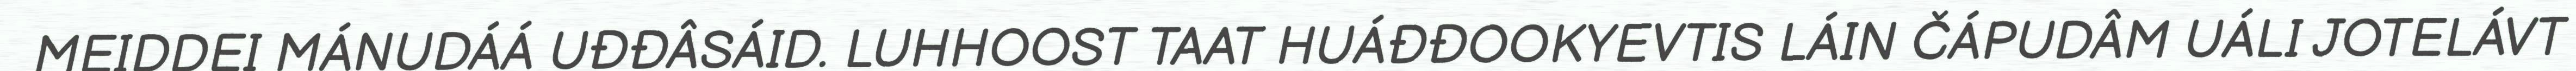
MEIDDEI MÁNUDÁÁ UĐĐÂSÁID. LUHHOOST TAAT HUÁĐĐOOKYEVTIS LÁIN ČÁPUDÂM UÁLI JOTELÁVT